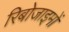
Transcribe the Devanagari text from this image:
रिबोजाइमों